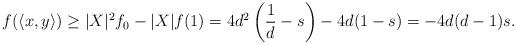
LaTeX: \begin{align*}f(\langle x,y\rangle)\geq |X|^2 f_0-|X|f(1)=4d^2\left(\frac1d-s\right)-4d(1-s)=-4d(d-1)s.\end{align*}